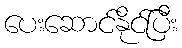
ပေးဆောင်နိုင်ပြီး